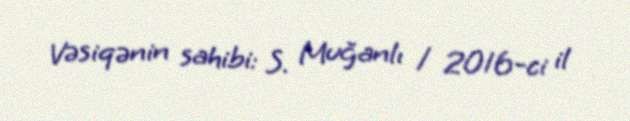
Vəsiqənin sahibi: S. Muğanlı / 2016-ci il